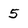
Character: 5